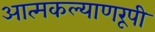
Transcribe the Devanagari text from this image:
आत्मकल्याणरूपी